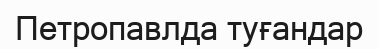
Петропавлда туғандар